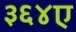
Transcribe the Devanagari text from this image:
३६४ए